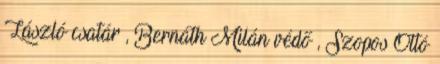
László csatár , Bernáth Milán védő , Szopos Ottó